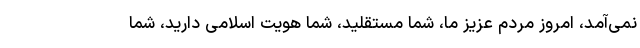
نمی‌آمد، امروز مردم عزیز ما، شما مستقلید، شما هویت اسلامی دارید، شما